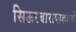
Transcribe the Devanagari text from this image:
सिऊरबारापाड्याचे